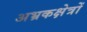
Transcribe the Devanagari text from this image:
अभ्रकक्षेत्रों